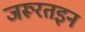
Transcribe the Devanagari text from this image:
जरूरतइन